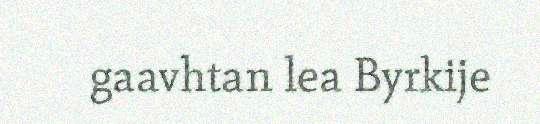
gaavhtan lea Byrkije